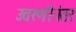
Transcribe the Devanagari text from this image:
उतरणीनंतर